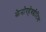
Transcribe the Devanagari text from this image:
केनोरहेबडीटिस